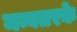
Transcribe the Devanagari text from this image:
मन्वतरके